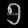
Digit: ၅